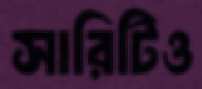
সারিটিও